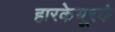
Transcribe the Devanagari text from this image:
हारकेयूरकं